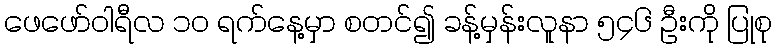
ဖေဖော်ဝါရီလ ၁၀ ရက်နေ့မှာ စတင်၍ ခန့်မှန်းလူနာ ၅၄၆ ဦးကို ပြုစု